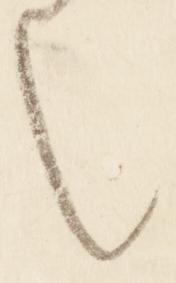
也